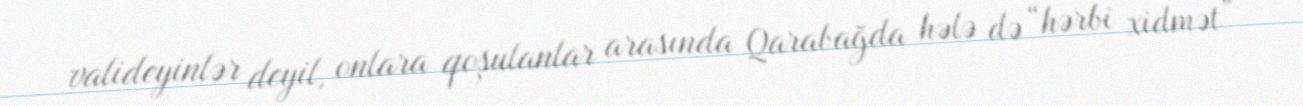
valideyinlər deyil, onlara qoşulanlar arasında Qarabağda hələ də “hərbi xidmət”